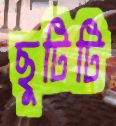
ছুটিটি